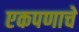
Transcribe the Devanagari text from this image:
एकपणाचे